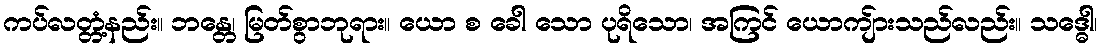
ကပ်လတ္တံ့နည်း။ ဘန္တေ၊ မြတ်စွာဘုရား။ ယော စ ခေါ သော ပုရိသော၊ အကြင် ယောကျ်ားသည်လည်း။ သဒ္ဓေါ၊